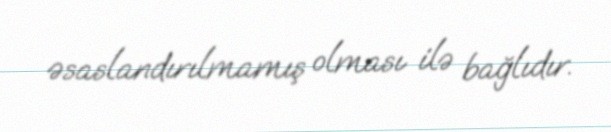
əsaslandırılmamış olması ilə bağlıdır.